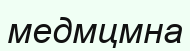
медмцмна